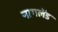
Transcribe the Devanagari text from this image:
नागलेंड